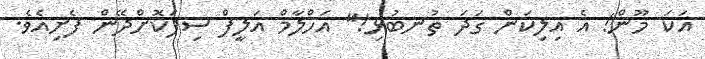
އަކަ މޫން! އެ އިލިކަން ގަދަ ތުނބުޅި!" އަހްލާމް އަލީފް ސިފަކޮށްދޭން ފެށިއެވެ.